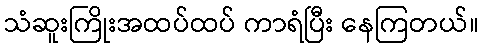
သံဆူးကြိုးအထပ်ထပ် ကာရံပြီး နေကြတယ်။